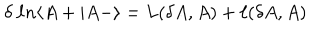
\delta \ \ell n \langle A + \vert A - \rangle = L ( \delta A , A ) + \ell ( \delta A , A )